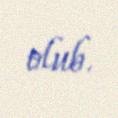
olub.